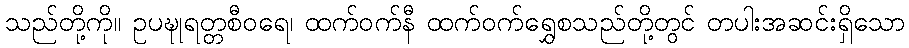
သည်တို့ကို။ ဥပဍ္ဎုရတ္တစီဝရေ၊ ထက်ဝက်နီ ထက်ဝက်ရွှေစသည်တို့တွင် တပါးအဆင်းရှိသော